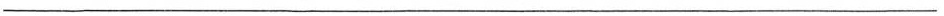
___